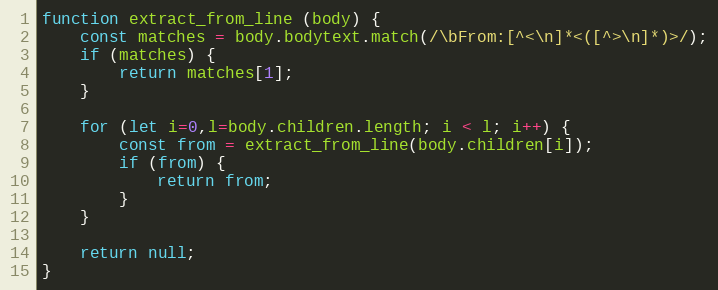
Language: JavaScript
function extract_from_line (body) {
    const matches = body.bodytext.match(/\bFrom:[^<\n]*<([^>\n]*)>/);
    if (matches) {
        return matches[1];
    }

    for (let i=0,l=body.children.length; i < l; i++) {
        const from = extract_from_line(body.children[i]);
        if (from) {
            return from;
        }
    }

    return null;
}